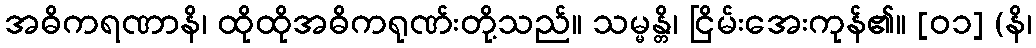
အဓိကရဏာနိ၊ ထိုထိုအဓိကရုဏ်းတို့သည်။ သမ္မန္တိ၊ ငြိမ်းအေးကုန်၏။ [၀၁] (နိ၊